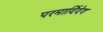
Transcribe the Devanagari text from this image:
परमार्दिदेव